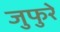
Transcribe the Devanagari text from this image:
जुफुरे